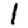
Digit: 1